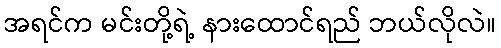
အရင်က မင်းတို့ရဲ့ နားထောင်ရည် ဘယ်လိုလဲ။